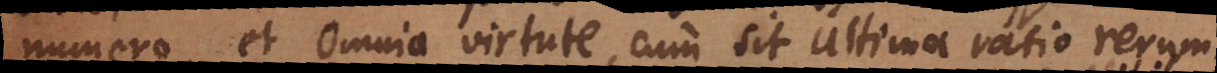
numero, et Omnia virtute, cum sit ultima ratio rerum,